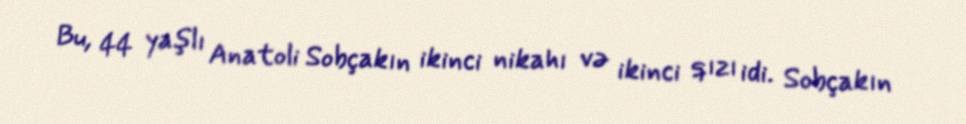
Bu, 44 yaşlı Anatoli Sobçakın ikinci nikahı və ikinci qızı idi. Sobçakın